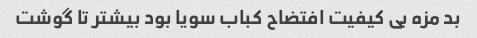
بد مزه بی کیفیت افتضاح کباب سویا بود بیشتر تا گوشت